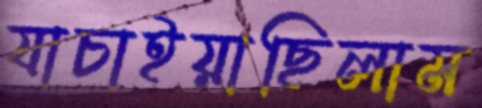
যাচাইয়াছিলাম